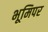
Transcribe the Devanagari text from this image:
भूमिपर